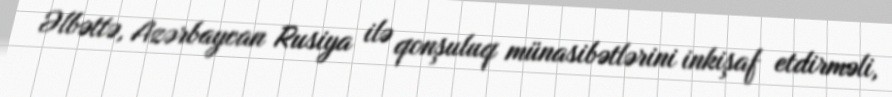
Əlbəttə, Azərbaycan Rusiya ilə qonşuluq münasibətlərini inkişaf etdirməli,